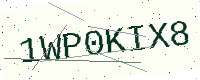
Text: 1WP0KIX8